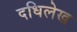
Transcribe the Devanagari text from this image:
दधिलेख